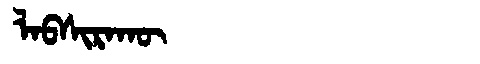
Manchu: ᠯᠠᠪᠰᡳᡵᠠᡴᡡ
Romanization: LABSIRAKŪ